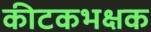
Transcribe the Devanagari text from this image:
कीटकभक्षक